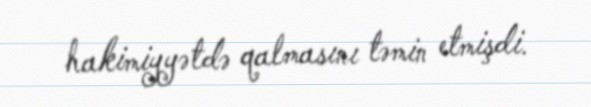
hakimiyyətdə qalmasını təmin etmişdi.